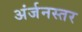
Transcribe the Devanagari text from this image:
अंर्जनस्तर